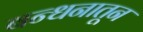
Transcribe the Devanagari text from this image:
बन्धनातून